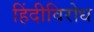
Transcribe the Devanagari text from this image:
हिंदीविरोध